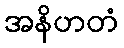
အနိဟတံ